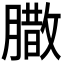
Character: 𮌼